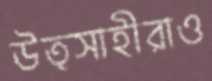
উত্সাহীরাও